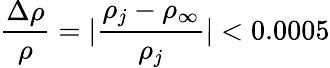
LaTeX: \frac{\Delta\rho}{\rho}=|\frac{\rho_{j}-\rho_{\infty}}{\rho_{j}}|<0.0005